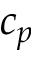
c _ { p }